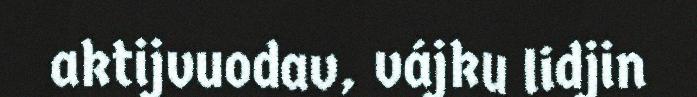
aktijvuodav, vájku lidjin